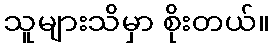
သူများသိမှာ စိုးတယ်။